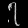
Digit: ၇